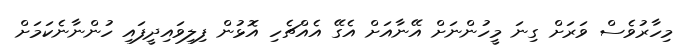
މިހާރުވެސް ވަރަށް ގިނަ މީހުންނަށް އޭނާއަށް އެގޭ އެއްޗެހި އޮޅުން ފިލިވައިދީފައި ހުންނާނެކަމަށް